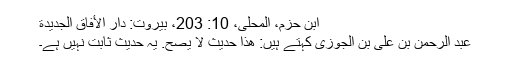
ابن حزم، المحلى، 10: 203، بيروت: دار الأفاق الجديدة
عبد الرحمٰن بن علی بن الجوزی کہتے ہیں: هَذَا حَدِيثٌ لَا يَصِحُّ. یہ حدیث ثابت نہیں ہے۔